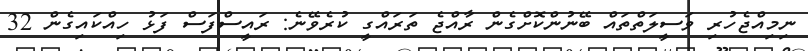
ނިމިއްޖެހުރި ވަސީލަތްތައް ބޭނުންކޮށްގެން ރާއްޖެ ތަރައްގީ ކުރެވޭނެ: ރައީސްފަސް ފަޅު ހިއްކައިގެން 32